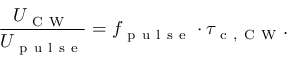
\frac { U _ { \mathrm { ~ C ~ W ~ } } } { U _ { \mathrm { ~ p ~ u ~ l ~ s ~ e ~ } } } = f _ { \mathrm { ~ p ~ u ~ l ~ s ~ e ~ } } \cdot \tau _ { \mathrm { ~ c ~ , ~ C ~ W ~ } } .